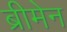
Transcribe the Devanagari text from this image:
ब्रीमेन